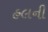
હલની